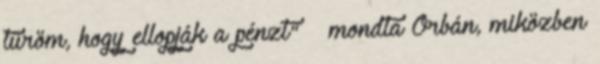
tűröm, hogy ellopják a pénzt" – mondta Orbán, miközben